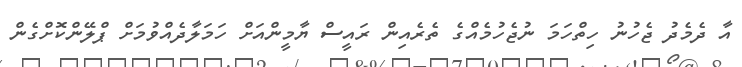
އާ ދެމެދު ޖެހުނު ހިތްހަމަ ނުޖެހުމެއްގެ ތެރެއިން ރައީސް ޔާމީންއަށް ހަމަލާދެއްވުމަށް ޕްލޭންކޮށްގެން